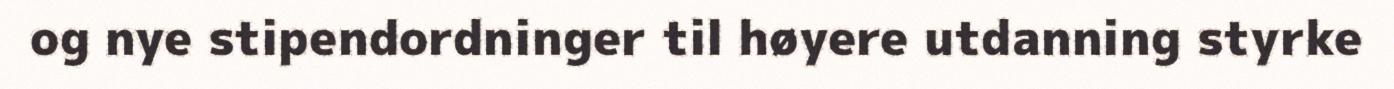
og nye stipendordninger til høyere utdanning styrke